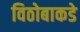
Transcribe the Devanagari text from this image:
विठोबाकडे